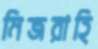
মিজরাহি